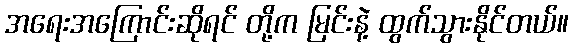
အရေးအကြောင်းဆိုရင် တို့က မြင်းနဲ့ ထွက်သွားနိုင်တယ်။